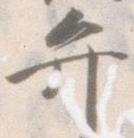
弁